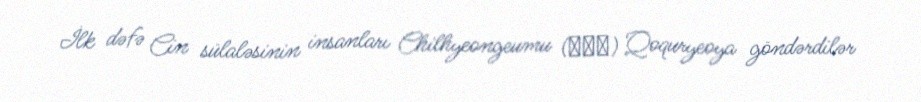
İlk dəfə Cin sülaləsinin insanları Chilhyeongeumu (七絃琴) Qoquryeoya göndərdilər